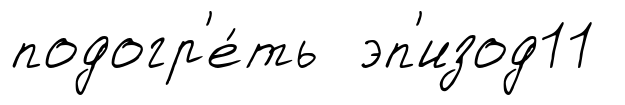
подогр'е́ть эп'изод11